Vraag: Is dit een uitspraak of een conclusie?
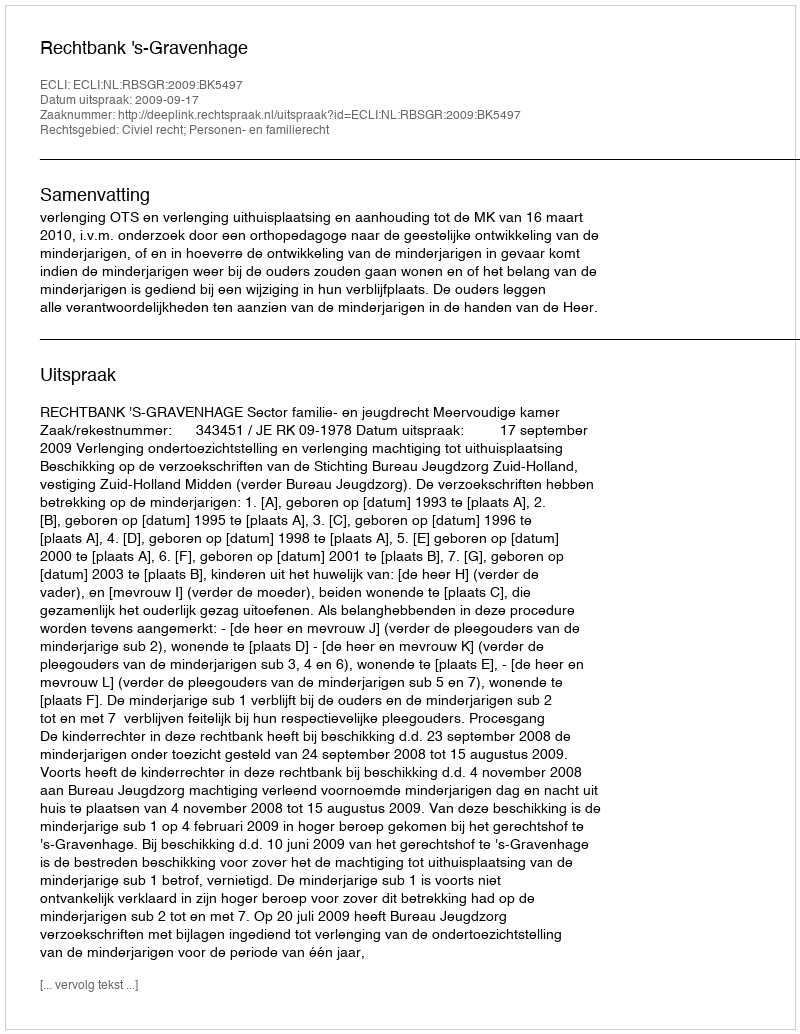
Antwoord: Uitspraak